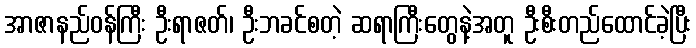
အာဇာနည်ဝန်ကြီး ဦးရာဇတ်၊ ဦးဘခင်စတဲ့ ဆရာကြီးတွေနဲ့အတူ ဦးစီးတည်ထောင်ခဲ့ပြီး